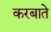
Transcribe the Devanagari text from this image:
करबाते